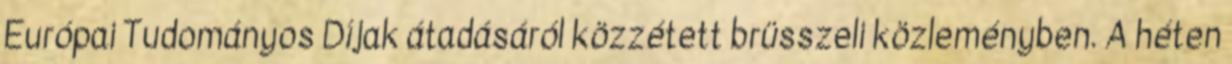
Európai Tudományos Díjak átadásáról közzétett brüsszeli közleményben. A héten